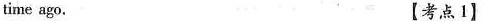
time ago. 【考点1】